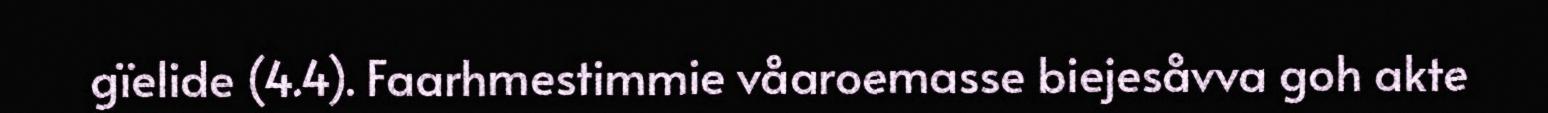
gïelide (4.4). Faarhmestimmie våaroemasse biejesåvva goh akte